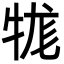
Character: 牻